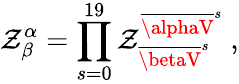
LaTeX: \mathcal{Z}_{\beta}^{\alpha}=\prod_{s=0}^{19}\mathcal{Z}_{{\overline{{{{\betaV}}}}}^{s}}^{{\overline{{{{\alphaV}}}}}^{s}}~,